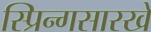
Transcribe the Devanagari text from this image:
स्प्रिन्गसारखे